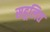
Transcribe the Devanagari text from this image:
सहूलित